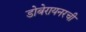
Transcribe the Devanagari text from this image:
डोबेरायनरची